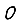
Digit: 0